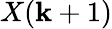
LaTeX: X(\mathbf{k}+1)